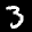
Label: 3